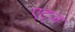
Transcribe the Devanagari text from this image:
एट्ज़